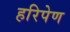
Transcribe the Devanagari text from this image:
हरिपेण